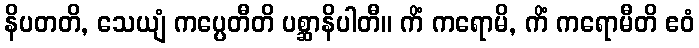
နိပတတိ, သေယျံ ကပ္ပေတီတိ ပစ္ဆာနိပါတီ။ ကိံ ကရောမိ, ကိံ ကရောမီတိ ဧဝံ